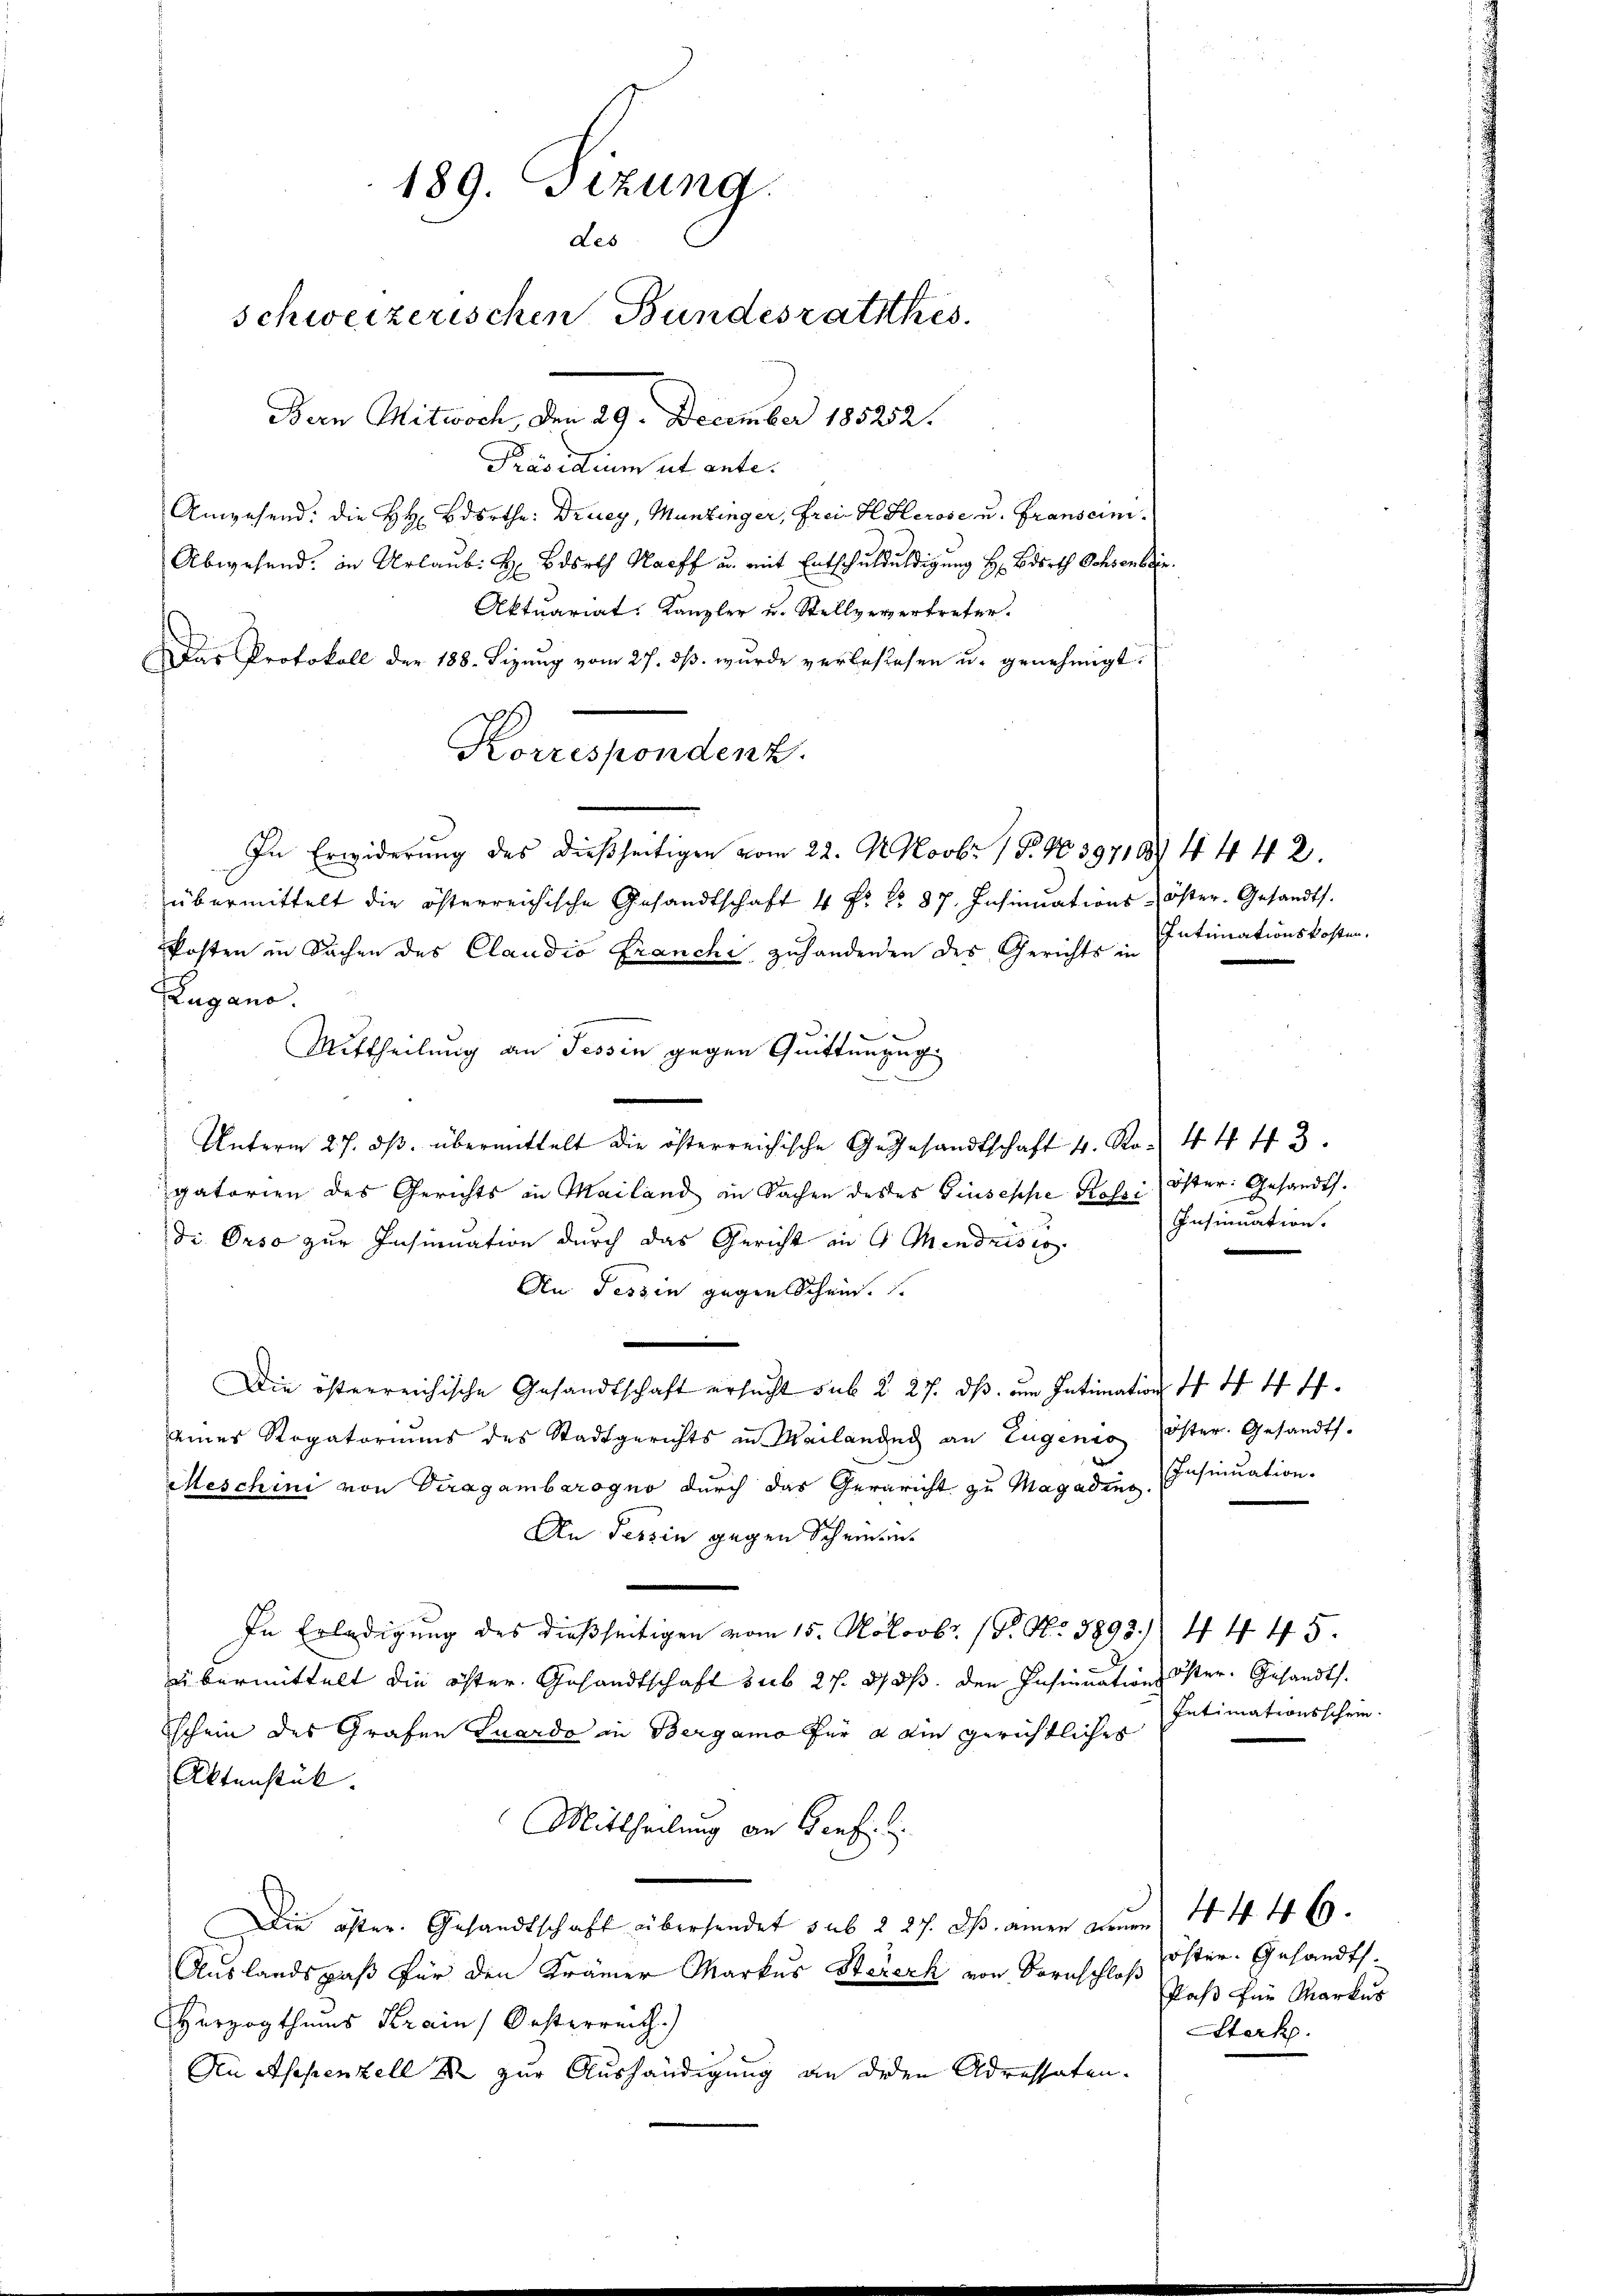
189. Sizung.
Les
schweizerischen Bundesrathes.

Bern Mitwoch, den 29. December 185252.
Präsidium ut ante.
Angehend: die HH Bdorthe: Drueg, Muntinger, Freie HHerose u. Franscini¬
Abwesend: in Urlaub. H Bdsrth Harff u. mit Entschulduldigung H: Birrth Ochsenbrin¬
Aktuariat. Kanzler u. Stellevertreter.
Das Protokoll der 188. Sizung vom 27. ds. wurde verbestehen u. genehmigt.
Korrespondenz
In Erwiderung des dießseitigen vom 22. M. Novbr. 1 S. 4039718, 4442.
übermittelt die österreichische Gesandtschaft 4 Fr. No. 87. Insinuations-öster- Gesandts.
Posten in Sachen des Claudio Franchi zuhandenen des Gerichts in
Zugano.
Mittheilung an Tessin gegen Quittenzug
Unterm 27. dβ. übermittelt die österreichische Gegesandtschaft 4. No. 44 43.
gatorien des Gerichts in Mailand in Sachen deses Giuseppe Rossi
di Orso zur Insinuation durch das Gericht in 9 Mendrisio
An Tessin gegen Schein.
Die österreichische Gesandtschaft ersucht sub § 27. dß. am Intimation 44. 44.
eines Rogatoriums des Stadtgerichts in Mailanden an Eugenio öster. Gesandts.
Meschini von Viragamberogno durch das Geraricht zu Magadin Insinuation.
An Tessin gegen Schreiben.
In Erledigung des dießseitigen vom 15. Noloobr. (T. No. 1893. 44 45.
übermittelt die öfter Gesandtschaft sub 27. d. Js. den Insinuation Öster. Gesandts
Eschein des Grafen Luardo in Bergamo für a ain gerichtlicher
Aktenstük.
Mittheilung an Genfel
Die öster. Gesandtschaft übersendet sub 227. dβ ainen neŭen 44. 46.
Auslandspaß für den Krämer Markus Stererh von Bornschloß
Herzogthums Krain Oesterreich.)
Serk.
An Aspenzell & zur Aushändigung an deden Adressaten.

Intimationskosten.

Öster: Gesandt.
Insinuation.
.

Intimationsschein.

öster. Gesandts.
Paß für Markus